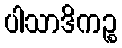
ပါသာဒိကဉ္စ